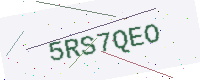
Text: 5RS7QEO